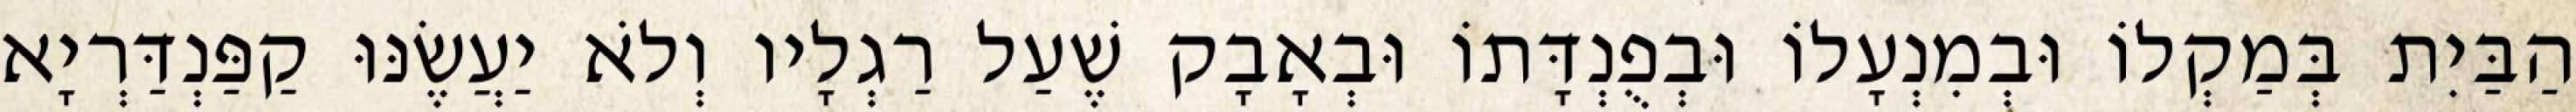
הַבַּיִת בְּמַקְלוֹ וּבְמִנְעָלוֹ וּבְפֻנְדָּתוֹ וּבְאָבָק שֶׁעַל רַגְלָיו וְלֹא יַעֲשֶׂנּוּ קַפַּנְדַּרְיָא